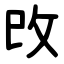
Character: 攺